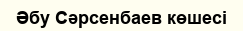
Әбу Сәрсенбаев көшесі